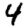
Digit: 4